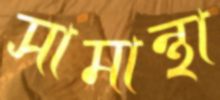
সামান্থা